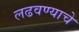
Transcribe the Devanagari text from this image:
लढवण्याचे